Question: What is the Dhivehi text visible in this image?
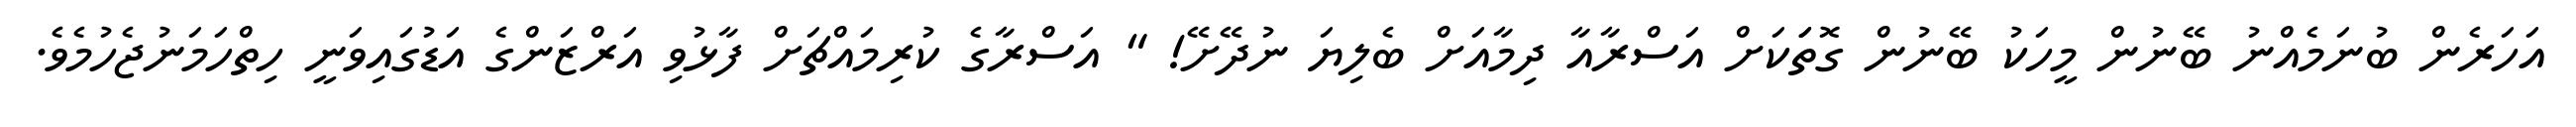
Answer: އަހަރެން ބުނަމެއްނު ބޭނުން މީހަކު ބޭނުން ގޮތަަކަށް އަސްރާއާ ދިމާއަށް ބެލިޔަ ނުދޭށޭ! " އަސްރާގެ ކުރިމައްޗަށް ފާޅުވި އަރްޒަންގެ އަޑުގައިވަނީ ހިތްހަމަނުޖެހުމެވެ.